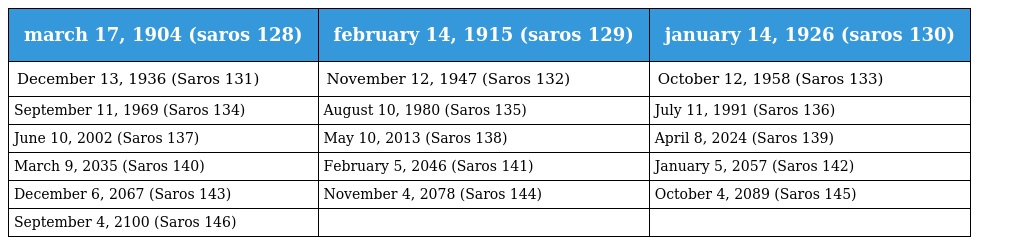
| march 17, 1904 (saros 128) | february 14, 1915 (saros 129) | january 14, 1926 (saros 130) |
 | --- | --- | --- |
 | December 13, 1936 (Saros 131) | November 12, 1947 (Saros 132) | October 12, 1958 (Saros 133) |
 | September 11, 1969 (Saros 134) | August 10, 1980 (Saros 135) | July 11, 1991 (Saros 136) |
 | June 10, 2002 (Saros 137) | May 10, 2013 (Saros 138) | April 8, 2024 (Saros 139) |
 | March 9, 2035 (Saros 140) | February 5, 2046 (Saros 141) | January 5, 2057 (Saros 142) |
 | December 6, 2067 (Saros 143) | November 4, 2078 (Saros 144) | October 4, 2089 (Saros 145) |
 | September 4, 2100 (Saros 146) |  |  |